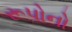
રૂપોનો